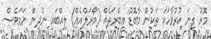
މޮޅު ގިނަ ކުރުވާހަކަ ތަކުން މާބޮޑު ޢިބްރަތެއް (މޯރަލްއެއް) ލިއްބައި ނުދިން ނަމަވެސް